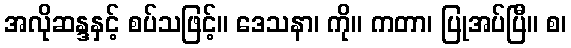
အလိုဆန္ဒနှင့် စပ်သဖြင့်။ ဒေသနာ၊ ကို။ ကတာ၊ ပြုအပ်ပြီ။ စ၊